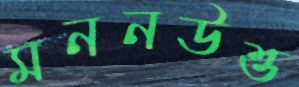
মননউত্ত